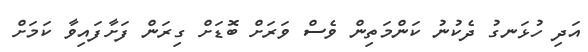
އަދި ހުޅަނގު ދެކުނު ކަންމަތިން ވެސް ވަރަށް ބޮޑަށް ގިރަން ފަށާފައިވާ ކަމަށް